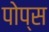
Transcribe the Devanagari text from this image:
पोप्स